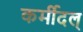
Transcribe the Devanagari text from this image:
कर्मीदल्